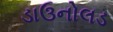
ડાઉનોલડ